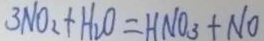
3 N O _ { 2 } + H _ { 2 } O = H N O _ { 3 } + N O